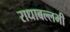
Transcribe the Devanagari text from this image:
राधाबल्लभी